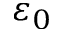
\varepsilon _ { 0 }